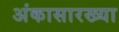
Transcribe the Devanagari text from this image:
अंकासारख्या